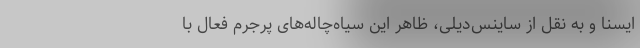
ایسنا و به نقل از ساینس‌دیلی، ظاهر این سیاه‌چاله‌های پرجرم فعال با